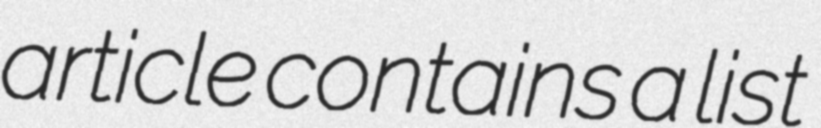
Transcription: article contains a list